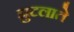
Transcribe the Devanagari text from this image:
झुटलाते